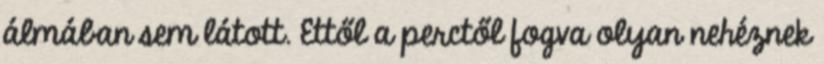
álmában sem látott. Ettől a perctől fogva olyan nehéznek